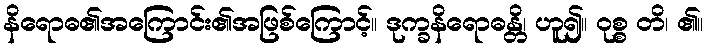
နိရောဓ၏အကြောင်း၏အဖြစ်ကြောင့်။ ဒုက္ခနိရောဓန္တိ၊ ဟူ၍။ ဝုစ္စ တိ၊ ၏။